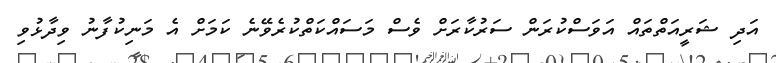
އަދި ޝަރީއަތްތައް އަވަސްކުރަން ސަރުކާރަށް ވެސް މަސައްކަތްކުރެވޭނެ ކަމަށް އެ މަނިކުފާނު ވިދާޅުވި